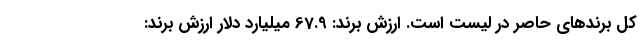
کل برندهای حاصر در لیست است. ارزش برند: 67.9 میلیارد دلار ارزش برند: